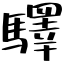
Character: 驛